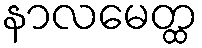
နာလမေတ္ထ